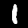
Digit: 1